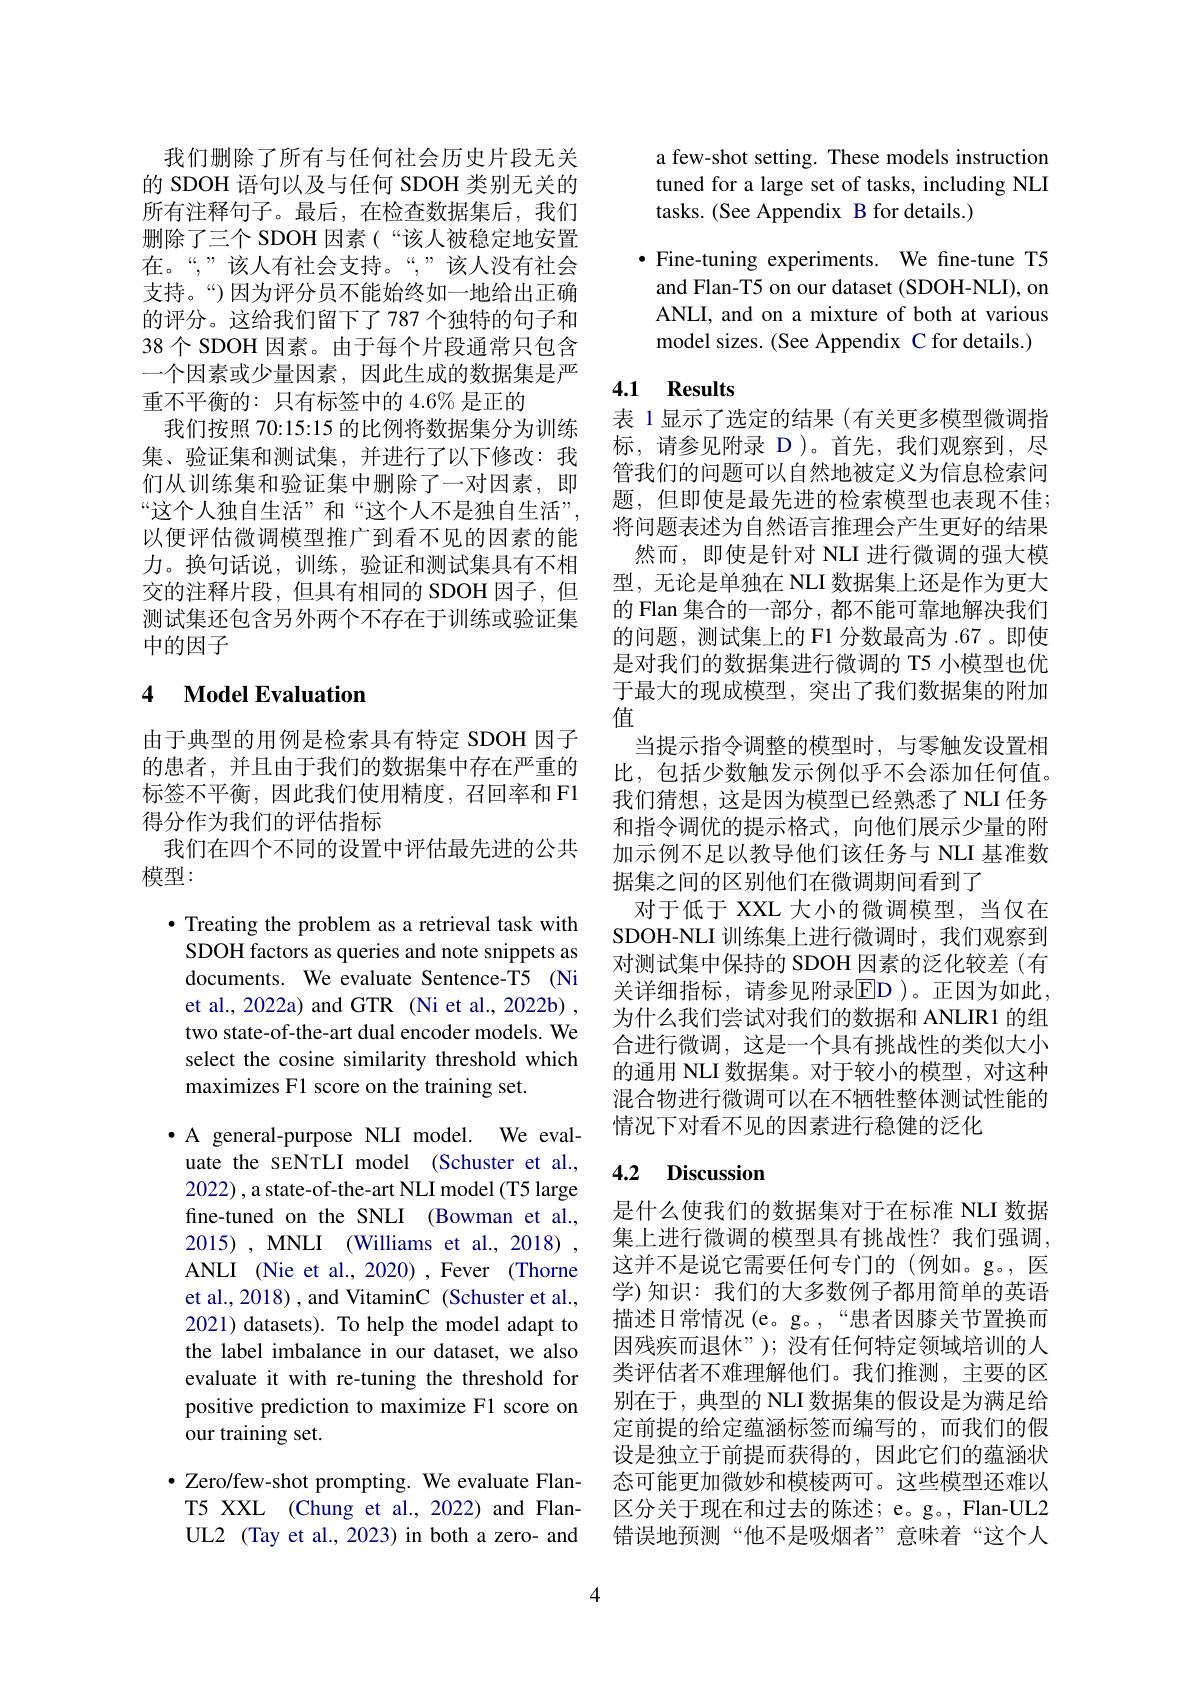
我们删除了所有与任何社会历史片段无关的 SDOH 语句以及与任何 SDOH 类别无关的所有注释句子。最后，在检查数据集后，我们删除了三个 SDOH 因素(“该人被稳定地安置在。“”该人有社会支持。“”该人没有社会支持。“)因为评分员不能始终如一地给出正确的评分。这给我们留下了787 个独特的句子和38个 SDOH 因素。由于每个片段通常只包含一个因素或少量因素，因此生成的数据集是严重不平衡的：只有标签中的 4.6% 是正的
我们按照 70:15:15 的比例将数据集分为训练集、验证集和测试集，并进行了以下修改：我们从训练集和验证集中删除了一对因素，即“这个人独自生活”和“这个人不是独自生活”, 以便评估微调模型推广到看不见的因素的能力。换句话说，训练，验证和测试集具有不相交的注释片段，但具有相同的 SDOH 因子，但测试集还包含另外两个不存在于训练或验证集中的因子

## 4 $\textbf{Model Evaluation}$

由于典型的用例是检索具有特定 SDOH 因子的患者，并且由于我们的数据集中存在严重的标签不平衡，因此我们使用精度，召回率和 F1得分作为我们的评估指标
我们在四个不同的设置中评估最先进的公共
模型：

$\bullet$ Treating the problem as a retrieval task with SDOH factors as queries and note snippets as documents. We evaluate Sentence-T5 (Ni et al., 2022a) and GTR (Ni et al., 2022b) , two state-of-the-art dual encoder models. We select the cosine similarity threshold which maximizes Fl score on the training set.

·A general-purpose NLI model. We eval-
uate the sENTLI model (Schuster et al., 2022) , a state- of-the- art NLI model (T5 large fine-tuned on the SNLI (Bowman et al., 2015), MNLI (Williams et al.,2018) , ANLI (Nie et al., 2020) , Fever (Thorne et al., 2018) , and VitaminC (Schuster et al., 2021) datasets). To help the model adapt to the label imbalance in our dataset, we also evaluate it with re-tuning the threshold for positive prediction to maximize F1 score on our training set.

· Zero/few-shot prompting. We evaluate Flan-
T5 XXL (Chung et al.,2022) and FlanUL2 (Tay et al., 2023) in both a zero- and

a few-shot setting. These models instruction tuned for a large set of tasks, including NLI tasks. (See Appendix B for details.)

$\bullet$ Fine-tuning experiments. We fine-tune T5 and Flan-T5 on our dataset (SDOH-NLI), on ANLI, and on a mixture of both at various model sizes. (See Appendix C for details.)

# 4.1 Results

表 1显示了选定的结果(有关更多模型微调指标，请参见附录 D)。首先，我们观察到，尽管我们的问题可以自然地被定义为信息检索问题，但即使是最先进的检索模型也表现不佳； 将问题表述为自然语言推理会产生更好的结果然而，即使是针对 NLI 进行微调的强大模型，无论是单独在 NLI 数据集上还是作为更大的 Flan 集合的一部分 , 都不能可靠地解决我们的问题，测试集上的 F1 分数最高为 .67 。即使是对我们的数据集进行微调的 T5 小模型也优于最大的现成模型，突出了我们数据集的附加值
当提示指令调整的模型时，与零触发设置相比，包括少数触发示例似乎不会添加任何值。我们猜想，这是因为模型已经熟悉了 NLI 任务和指令调优的提示格式，向他们展示少量的附加示例不足以教导他们该任务与 NLI 基准数据集之间的区别他们在微调期间看到了
对于低于 XXL 大小的微调模型，当仅在SDOH-NLI 训练集上进行微调时，我们观察到对测试集中保持的 SDOH 因素的泛化较差(有关详细指标，请参见附录ED )。正因为如此， 为什么我们尝试对我们的数据和 ANLIR1 的组合进行微调，这是一个具有挑战性的类似大小的通用 NLI 数据集。对于较小的模型，对这种混合物进行微调可以在不牺牲整体测试性能的情况下对看不见的因素进行稳健的泛化

## 4.2 Discussion

是什么使我们的数据集对于在标准 NLI 数据集上进行微调的模型具有挑战性？我们强调， 这并不是说它需要任何专门的(例如。g。,医学)知识：我们的大多数例子都用简单的英语描述日常情况(e。g。,“患者因膝关节置换而因残疾而退休”); 没有任何特定领域培训的人类评估者不难理解他们。我们推测，主要的区别在于，典型的 NLI 数据集的假设是为满足给定前提的给定蕴涵标签而编写的，而我们的假设是独立于前提而获得的，因此它们的蕴涵状态可能更加微妙和模棱两可。这些模型还难以区分关于现在和过去的陈述；e。g。, Flan-UL2错误地预测“他不是吸烟者”意味着“这个人

4